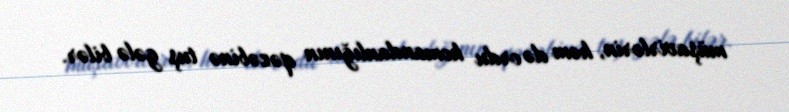
müşavirlərin, həm də ordu komandanlığının qəzəbinə tuş gələ bilər.